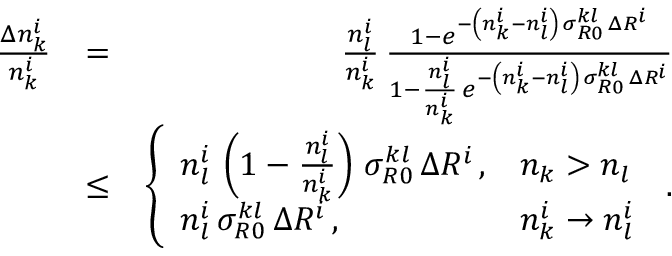
\begin{array} { r l r } { \frac { \Delta n _ { k } ^ { i } } { n _ { k } ^ { i } } } & { = } & { \frac { n _ { l } ^ { i } } { n _ { k } ^ { i } } \, \frac { 1 - e ^ { - \left( n _ { k } ^ { i } - n _ { l } ^ { i } \right) \, \sigma _ { R 0 } ^ { k l } \, \Delta R ^ { i } } } { 1 - \frac { n _ { l } ^ { i } } { n _ { k } ^ { i } } \, e ^ { - \left( n _ { k } ^ { i } - n _ { l } ^ { i } \right) \, \sigma _ { R 0 } ^ { k l } \, \Delta R ^ { i } } } } \\ & { \le } & { \left\{ \begin{array} { l l } { n _ { l } ^ { i } \, \left( 1 - \frac { n _ { l } ^ { i } } { n _ { k } ^ { i } } \right) \, \sigma _ { R 0 } ^ { k l } \, \Delta R ^ { i } \, , } & { n _ { k } > n _ { l } } \\ { n _ { l } ^ { i } \, \sigma _ { R 0 } ^ { k l } \, \Delta R ^ { i } \, , } & { n _ { k } ^ { i } \rightarrow n _ { l } ^ { i } } \end{array} \right. \, . } \end{array}